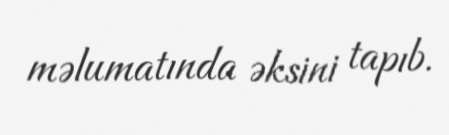
məlumatında əksini tapıb.